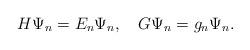
LaTeX: \begin{align*}H\Psi\sb n = E\sb n\Psi\sb n ,\quad G\Psi\sb n = g\sb n\Psi\sb n.\end{align*}